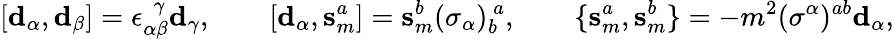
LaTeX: [\mathbf{d}_{\alpha},\mathbf{d}_{\beta}]=\epsilon_{\alpha\beta}^{~~~\! \gamma}\mathbf{d}_{\gamma},\qquad[\mathbf{d}_{\alpha},\mathbf{s}_{m}^{a}]=\mathbf{s}_{m}^{b}(\sigma_{\alpha})_{b}^{~a},\qquad\{ \mathbf{s}_{m}^{a},\mathbf{s}_{m}^{b}\} =-m^{2}(\sigma^{\alpha})^{ab}\mathbf{d}_{\alpha},